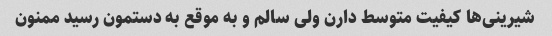
شیرینی‌ها کیفیت متوسط دارن ولی سالم و به موقع به دستمون رسید ممنون